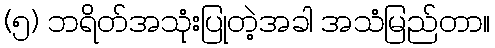
(၅) ဘရိတ်အသုံးပြုတဲ့အခါ အသံမြည်တာ။